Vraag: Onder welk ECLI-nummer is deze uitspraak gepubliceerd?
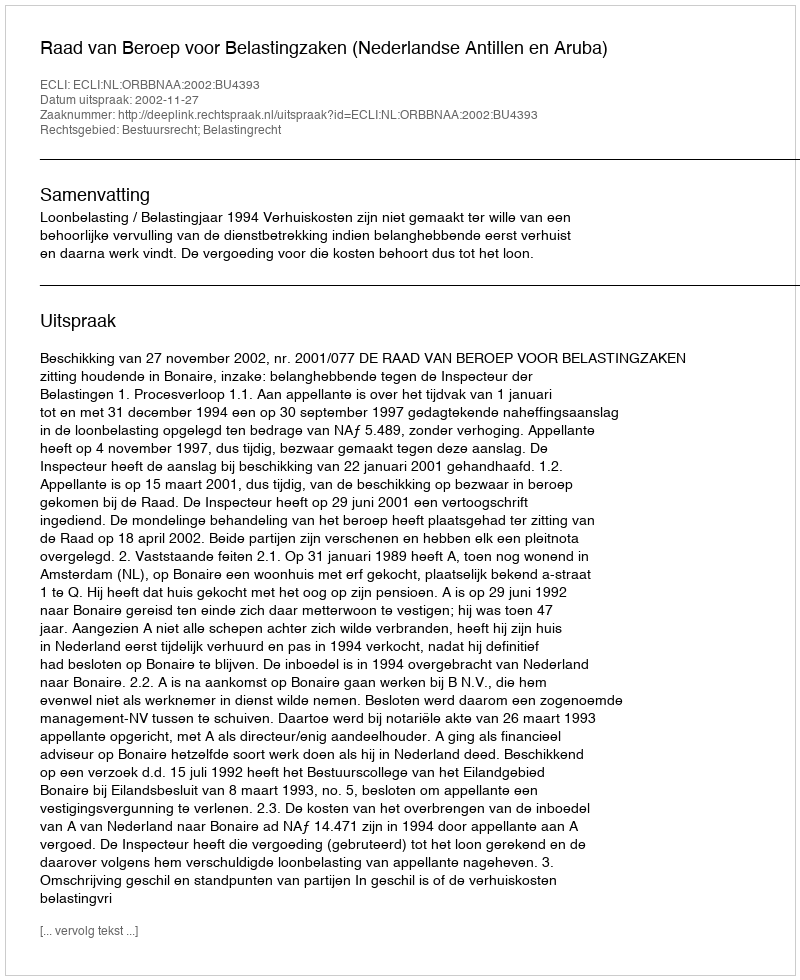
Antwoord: ECLI:NL:ORBBNAA:2002:BU4393